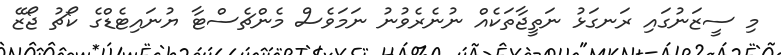
މި ސީޒަނުގައި ރަނގަޅު ނަތީޖާތަކެއް ނުނެރެވުނު ނަމަވެސް މެންޗެސްޓާ ޔުނައިޓެޑްގެ ކޯޗު ޖޯޒޭ